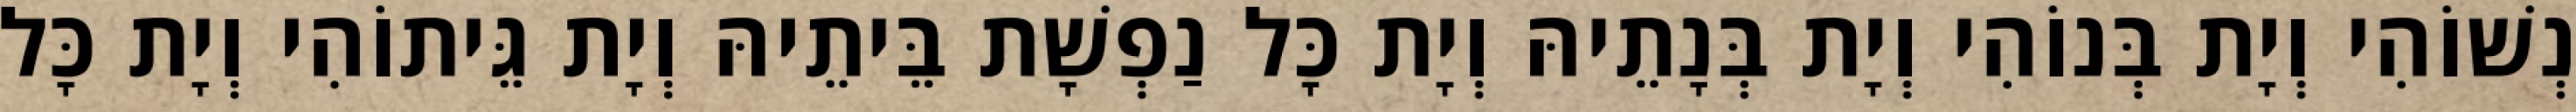
נְשׁוֹהִי וְיָת בְּנוֹהִי וְיָת בְּנָתֵיהּ וְיָת כָּל נַפְשָׁת בֵּיתֵיהּ וְיָת גֵּיתוֹהִי וְיָת כָּל